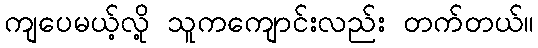
ကျပေမယ့်လို့ သူကကျောင်းလည်း တက်တယ်။